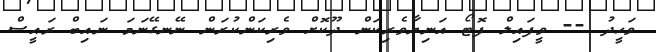
ވަހީދު -- ވީފައިލް ފޮޓޯ އަނިޔާވެރިކަން ދޫކޮށް ވެރިކަންކުރަން ނޭނގޭނަމަ ނައިބް ރައީސް